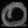
Digit: ၀